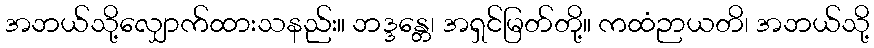
အဘယ်သို့လျှောက်ထားသနည်း။ ဘဒ္ဒန္တေ၊ အရှင်မြတ်တို့။ ကထံဉာယတိ၊ အဘယ်သို့